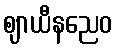
ဈာယီနညေဝ